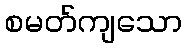
စမတ်ကျသော